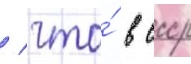
/ что́ в ссср